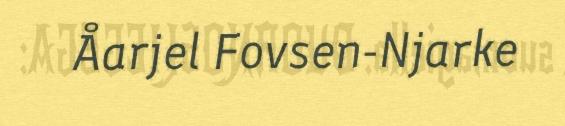
Åarjel Fovsen-Njarke